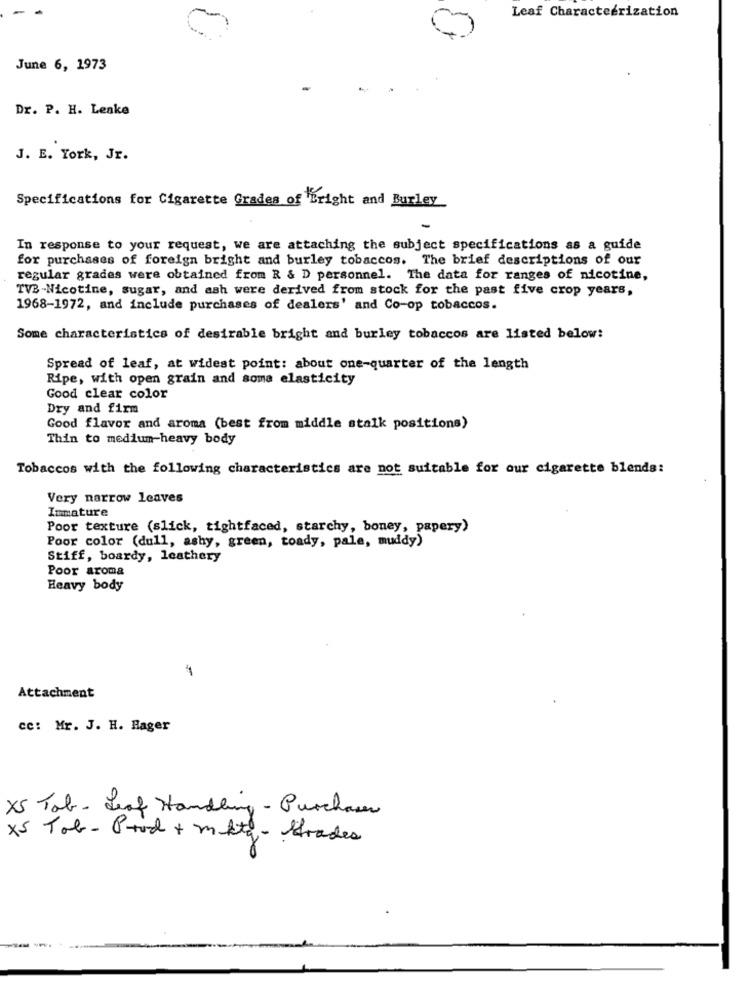
Leaf Characterization
June 6, 1973
Dr. P. H. Leake
J. E. York, Jr.
Specifications for Cigarette Grades of Bright and Burley
In response to your request, we are attaching the subject specifications as a guide
for purchases of foreign bright and burley tobaccos. The brief descriptions of our
regular grades were obtained from R & D personnel. The data for ranges of nicotine,
TV3 -Nicotine, sugar, and ash were derived from stock for the past five crop years,
1968-1972, and include purchases of dealers' and Co-op tobaccos.
Some characteristics of desirable bright and burley tobaccos are listed below:
Spread of leaf, at widest point: about one-quarter of the length
Ripe, with open grain and soma elasticity
Good clear color
Dry and firm
Good flavor and aroma (best from middle stalk positions)
Thin to medium-heavy body
Tobaccos with the following characteristics are not suitable for our cigarette blends:
Very narrow leaves
Immature
Poor texture (slick, tightfaced, starchy, boney, papery)
Poor color (dull, ashy, green, toady, pale, muddy)
Stiff, boardy, leathery
Poor aroma
Heavy body
4
Attachment
cc: Mr. J. H. Hager
XS Tab - Leaf Handling - Purchaser
XS Tab - Prod + mktg - trades